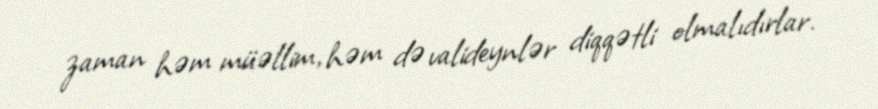
zaman həm müəllim, həm də valideynlər diqqətli olmalıdırlar.